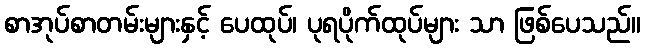
စာအုပ်စာတမ်းများနှင့် ပေထုပ်၊ ပုရပိုက်ထုပ်များ သာ ဖြစ်ပေသည်။